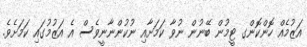
އަޒުމެއް ހޮންކޮންގ ޓީމުން ބޭނުން ނުވާ ކަމަށާއި ނުކުންނާނީވެސް އެ އަޒުމުގައި ކަމަށެވެ.